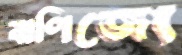
বাণিজ্যে